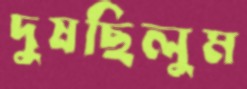
দুষছিলুম